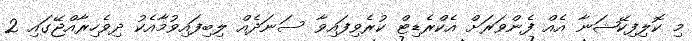
މި ކޮލިފިކޭޝަނާ އެއް ފެންވަރަށް އެކްރެޑިޓް ކުރެވިފައިވާ ސަނަދެއް ލިބިފައިވުމާއެކު ދިވެހިރާއްޖޭގައި 2